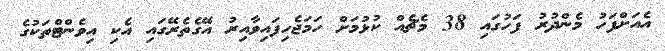
އެއަށްފަހު މެންދުރު ފަހުގައި 38 މެޗެއް ކުޅުމަށް ހަމަޖެހިފައިވާއިރު އޭގެތެރޭގައި އެކި އިވެންޓްތަކުގެ